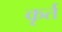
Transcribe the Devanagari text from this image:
कृर्त